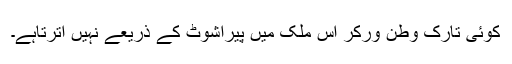
کوئی تارکِ وطن ورکر اس ملک میں پیراشوٹ کے ذریعے نہیں اُترتاہے۔